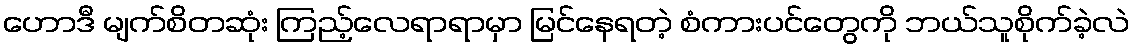
ဟောဒီ မျက်စိတဆုံး ကြည့်လေရာရာမှာ မြင်နေရတဲ့ စံကားပင်တွေကို ဘယ်သူစိုက်ခဲ့လဲ